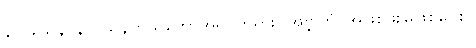
နာဂသေန၊ နာဂသိန်ကိုယ်တော်အရှင်ဘုရား။ အဗ္ဘုတံ၊ အဖြစ်ဖူးမြဲဖြစ်ပေစွ။